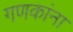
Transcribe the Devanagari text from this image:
गणकांना